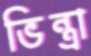
ভিন্ত্রা